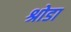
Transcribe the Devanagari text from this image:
श्रोडा